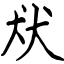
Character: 㹜